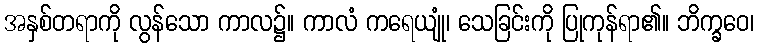
အနှစ်တရာကို လွန်သော ကာလ၌။ ကာလံ ကရေယျုံ၊ သေခြင်းကို ပြုကုန်ရာ၏။ ဘိက္ခဝေ၊